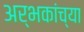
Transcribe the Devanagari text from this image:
अर्भकांच्या